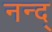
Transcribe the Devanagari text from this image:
नन्द्